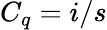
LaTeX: C_{q}=i/s